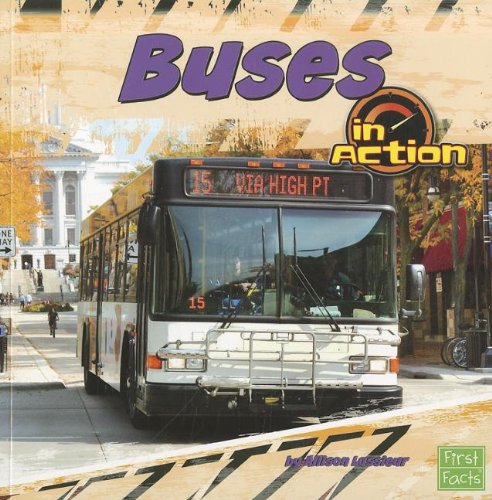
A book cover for Buses in Action (Transportation Zone); Allison Lassieur; Children's Books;